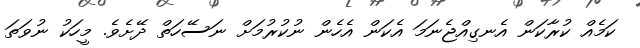
ކަމެއް ކުރާކަން އެނގިއްޖެނަމަ އެކަން އެހެން ނުކުރުމަށް ނަސޭހަތް ދޭށެވެ. މީހަކު ނުވަތަ